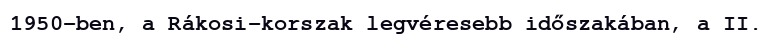
1950-ben, a Rákosi-korszak legvéresebb időszakában, a II.